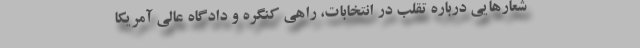
شعارهایی درباره تقلب در انتخابات، راهی کنگره و دادگاه عالی آمریکا